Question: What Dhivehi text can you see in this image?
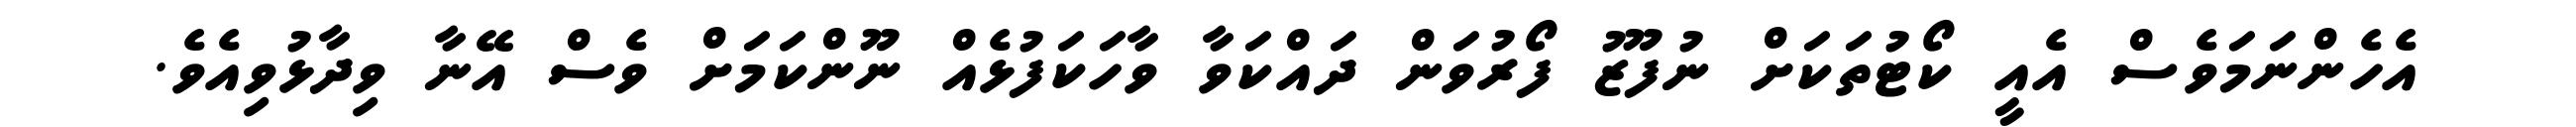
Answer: އެހެންނަމަވެސް އެއީ ކޯޓުތަކަށް ނުފޫޒު ފޯރުވަން ދައްކަވާ ވާހަކަފުޅެއް ނޫންކަމަށް ވެސް އޭނާ ވިދާޅުވިއެވެ.